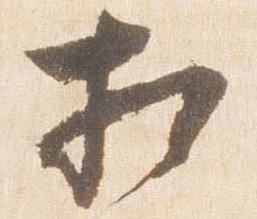
相